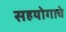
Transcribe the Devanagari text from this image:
सहयोगाचे